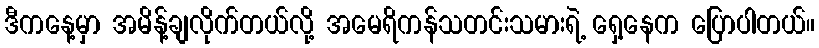
ဒီကနေ့မှာ အမိန့်ချလိုက်တယ်လို့ အမေရိကန်သတင်းသမားရဲ့ ရှေ့နေက ပြောပါတယ်။